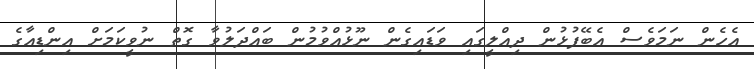
އެހެން ނަމަވެސް އެބޭފުޅުން ދިއްލީގައި ވަޑައިގެން ނޫޅުއްވުމުން ބައްދަލުވާ ގޮތް ނުވީކަމަށް އިންޑިއާގެ